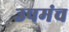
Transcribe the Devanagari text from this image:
उपमंच